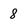
Character: 8